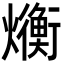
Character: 𬋛